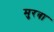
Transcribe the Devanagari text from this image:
मुरबा